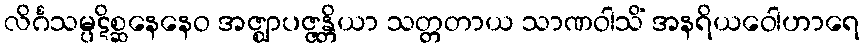
လိင်္ဂသမ္ပဋိစ္ဆနေနေဝ အဇ္ဈာပဇ္ဇန္တိယာ သတ္တတာယ သာဏဝါသိံ အနရိယဝေါဟာရေ